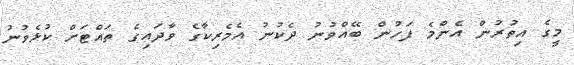
މީގެ އިތުރުން އެންމެ ފަހުން ބޭއްވުނު ދެކުނު އެމެރިކާގެ ވާދައިގެ ތައްޓަށް ކުޅެވުނު